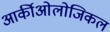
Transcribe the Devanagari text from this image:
आर्कीओलोजिकल